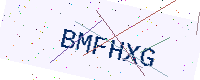
Text: BMFHXG